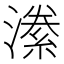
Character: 潫